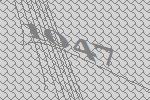
1047